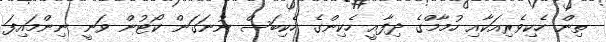
ތިން ހެކިވެރިއަކާއި ހުމާމްގެ ދިފާއީ ހެކިންގެ ހެކިބަސް ނުނަގަން ކޯޓުން ވަނީ ނިންމައިފަ